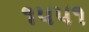
૧૫૫૧